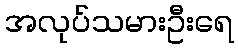
အလုပ်သမားဦးရေ